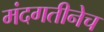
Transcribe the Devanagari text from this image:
मंदगतीनेच